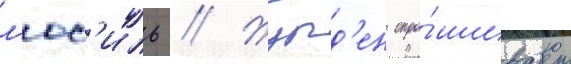
л'юс'иль // Журд'ен спра́шивает